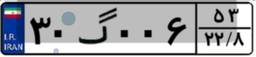
۱۴گ۴۰۳۰۵